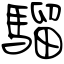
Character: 騮